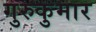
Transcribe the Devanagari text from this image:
गुरुकुमार